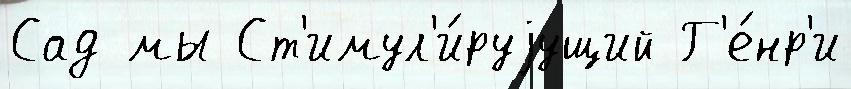
Сад мы Ст'имул'и́руjущий Г'е́нр'и